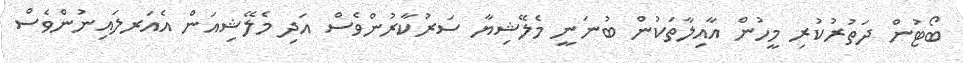
ބޯޓުން ދަތުރުކުރި މީހުން އާއިލާތަކުން ބުނަނީ މެލޭޝިޔާ ސަރުކާރުންވެސް އަދި މެލޭޝިއަން އެއަރލައިނުންވެސް